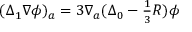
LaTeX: ( \Delta _ { 1 } \nabla \phi ) _ { a } = 3 \nabla _ { a } ( \Delta _ { 0 } - { \textstyle \frac { 1 } { 3 } } R ) \phi